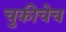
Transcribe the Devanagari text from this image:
चुकीचेच